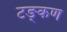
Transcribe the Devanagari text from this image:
टङ्कण